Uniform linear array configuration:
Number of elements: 16
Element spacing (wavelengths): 0.5
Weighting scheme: exponential
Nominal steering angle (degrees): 0
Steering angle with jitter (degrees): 1.246
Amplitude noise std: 0.05
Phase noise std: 0.05

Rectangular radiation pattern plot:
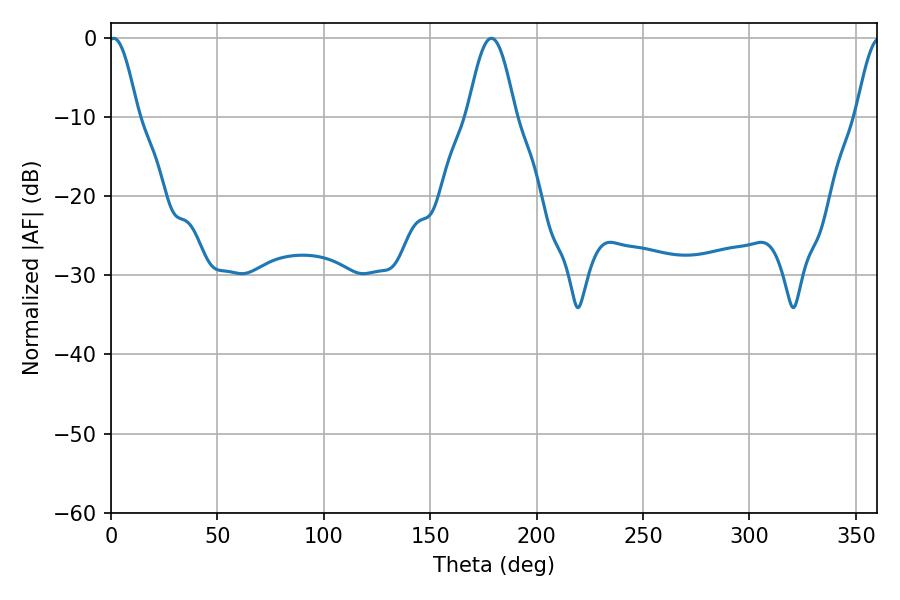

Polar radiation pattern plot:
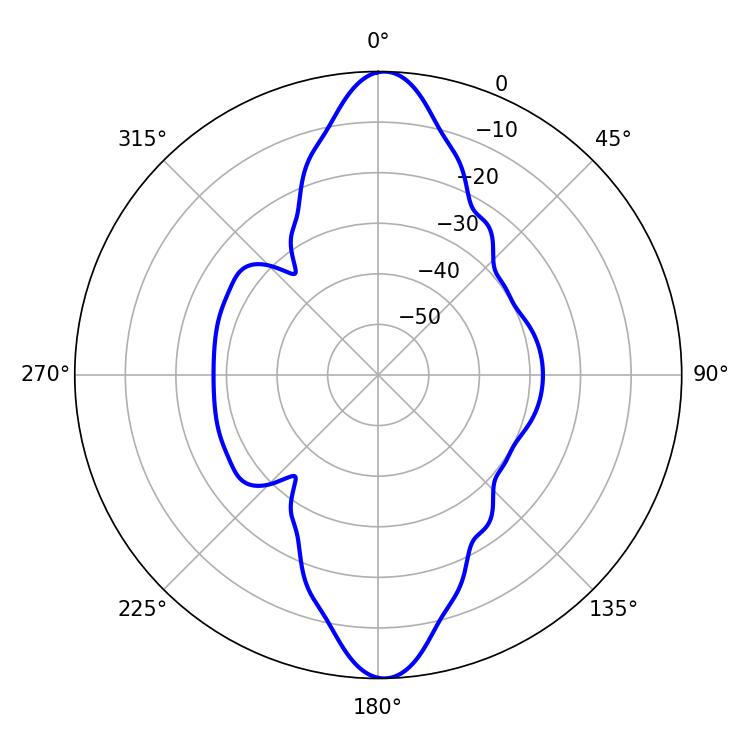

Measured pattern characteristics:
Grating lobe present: FALSE
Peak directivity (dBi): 22.39
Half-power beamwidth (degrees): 7.2
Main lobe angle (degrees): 1.26